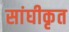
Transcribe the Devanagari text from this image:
सांघीकृत